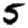
Digit: 5